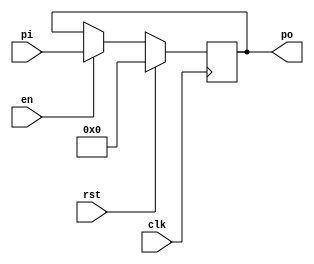
`timescale 1ns/1ns
module Register (
    clk, 
    rst,
    en, 
    pi, 
    po 
    );
    parameter size = 4;
    
    input clk, rst, en;
    input [size-1:0] pi;
    output reg [size-1:0] po;

    always @(posedge clk) begin
        if (rst)
            po = 0;
        else if (en)
            po = pi;
    end
    
endmodule